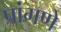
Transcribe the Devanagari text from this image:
प्रांगणे